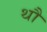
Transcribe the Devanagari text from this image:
थौ